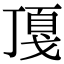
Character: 𢧖